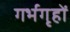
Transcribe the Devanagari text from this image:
गर्भगृहों